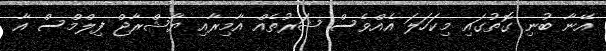
އޭނާ ބުނި ގޮތުގައި މިކަހަލަ އެއްވެސް ޝަރުތެއް އާމިރާއި ޔާޝްރާޖް ފިލްމްސް އާ